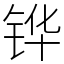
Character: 铧